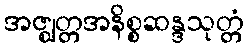
အဇ္ဈတ္တအနိစ္စဆန္ဒသုတ္တံ